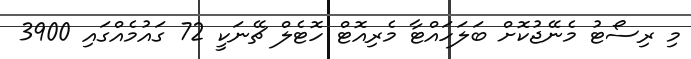
މި ރިސޯޓު މެނޭޖުކޮށް ބަލަހައްޓާ މެރިއޮޓް ހޮޓެލް ޗޭނަކީ 72 ގައުމެއްގައި 3900